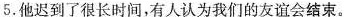
5.他迟到了很长时间，有人认为我们的友谊会结束。